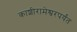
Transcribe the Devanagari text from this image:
काशीरामेश्वरपर्यंत